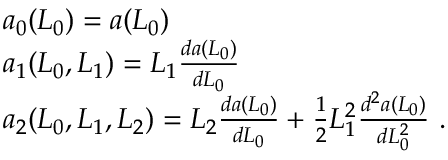
\begin{array} { r l } & { a _ { 0 } ( L _ { 0 } ) = a ( L _ { 0 } ) } \\ & { a _ { 1 } ( L _ { 0 } , L _ { 1 } ) = L _ { 1 } \frac { d a ( L _ { 0 } ) } { d L _ { 0 } } } \\ & { a _ { 2 } ( L _ { 0 } , L _ { 1 } , L _ { 2 } ) = L _ { 2 } \frac { d a ( L _ { 0 } ) } { d L _ { 0 } } + \frac { 1 } { 2 } L _ { 1 } ^ { 2 } \frac { d ^ { 2 } a ( L _ { 0 } ) } { d L _ { 0 } ^ { 2 } } \ . } \end{array}